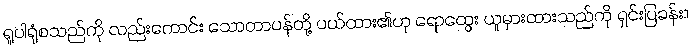
ရူပါရုံစသည်ကို လည်းကောင်း သောတာပန်တို့ ပယ်ထား၏ဟု ရောထွေး ယူမှားထားသည်ကို ရှင်းပြခန်း။